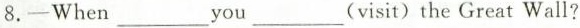
8.-When ___ you ___(visit)the Great Wall?